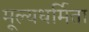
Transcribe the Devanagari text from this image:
मूल्यधर्मिता